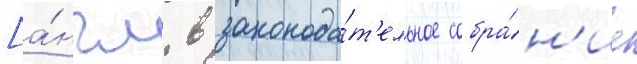
[а́нгл. в законода́т'ельное собра́н'ие